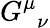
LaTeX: G_{\, \, \, \nu}^{\mu}